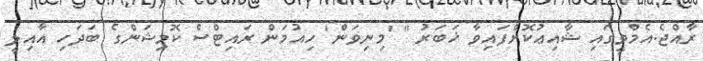
ރާއްޖެ.އެމްވީގައި ޝާއިޢުކޮށްފައިވާ ޚަބަރު " 'މިނިވަން' ހިއުމަން ރައިޓްސް ކޮމިޝަންގެ ބަދަހި އާއިލީ